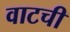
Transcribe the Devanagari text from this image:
वाटची